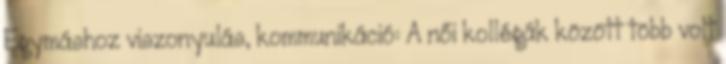
Egymáshoz viszonyulás, kommunikáció: A női kollégák között több volt